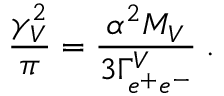
{ \frac { \gamma _ { V } ^ { 2 } } { \pi } } = { \frac { \alpha ^ { 2 } M _ { V } } { 3 \Gamma _ { e ^ { + } e ^ { - } } ^ { V } } } \; .